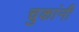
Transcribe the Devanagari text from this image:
चुकांनी